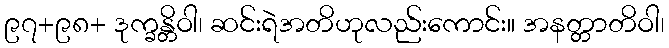
၉၇+၉၈+ ဒုက္ခန္တိဝါ၊ ဆင်းရဲအတိဟုလည်းကောင်း။ အနတ္တာတိဝါ၊